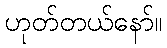
ဟုတ်တယ်နော်။